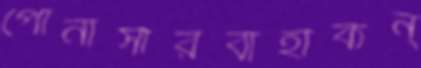
পোনাসারবাহীকন্